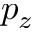
p _ { z }